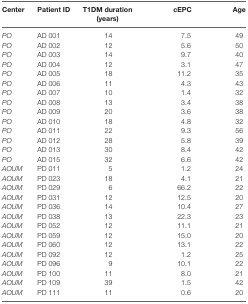
| Center | Patient ID | T1DM duration (years) | cEPC | Age |
 | --- | --- | --- | --- | --- |
 | PO | AD 001 | 14 | 7.5 | 49 |
 | PO | AD 002 | 12 | 5.6 | 50 |
 | PO | AD 003 | 14 | 9.7 | 40 |
 | PO | AD 004 | 12 | 3.1 | 47 |
 | PO | AD 005 | 18 | 11.2 | 35 |
 | PO | AD 006 | 11 | 4.3 | 43 |
 | PO | AD 007 | 10 | 1.4 | 32 |
 | PO | AD 008 | 13 | 3.4 | 38 |
 | PO | AD 009 | 20 | 3.6 | 38 |
 | PO | AD 010 | 18 | 4.8 | 32 |
 | PO | AD 011 | 22 | 9.3 | 56 |
 | PO | AD 012 | 28 | 5.8 | 39 |
 | PO | AD 013 | 30 | 8.4 | 42 |
 | PO | AD 015 | 32 | 6.6 | 42 |
 | AOUM | PD 011 | 5 | 1.2 | 24 |
 | AOUM | PD 023 | 18 | 4.1 | 21 |
 | AOUM | PD 029 | 6 | 66.2 | 22 |
 | AOUM | PD 031 | 12 | 12.5 | 20 |
 | AOUM | PD 036 | 14 | 10.4 | 27 |
 | AOUM | PD 038 | 13 | 22.3 | 23 |
 | AOUM | PD 052 | 12 | 11.1 | 21 |
 | AOUM | PD 059 | 12 | 15.0 | 20 |
 | AOUM | PD 060 | 12 | 13.1 | 22 |
 | AOUM | PD 092 | 12 | 1.2 | 25 |
 | AOUM | PD 096 | 9 | 10.1 | 22 |
 | AOUM | PD 100 | 11 | 8.0 | 21 |
 | AOUM | PD 109 | 39 | 1.5 | 42 |
 | AOUM | PD 111 | 11 | 0.6 | 20 |